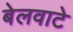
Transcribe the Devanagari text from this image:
बेलवाटे